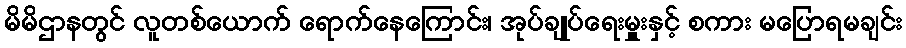
မိမိဌာနတွင် လူတစ်ယောက် ရောက်နေကြောင်း၊ အုပ်ချုပ်ရေးမှူးနှင့် စကား မပြောရမချင်း